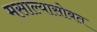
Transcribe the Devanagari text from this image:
मसाल्यासोबत